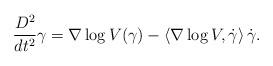
LaTeX: \begin{align*}\frac{D^2}{dt^2}\gamma=\nabla \log V(\gamma)-\left<\nabla \log V,\dot\gamma\right>\dot\gamma. \end{align*}